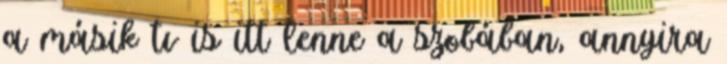
a másik tv is itt lenne a szobában, annyira